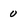
Character: 0